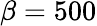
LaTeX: \beta=500